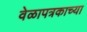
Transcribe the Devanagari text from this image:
वेळापत्रकाच्या